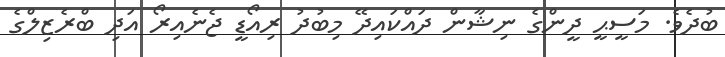
ބުދެވެ. މަސީޙީ ދީންގެ ނިޝާން ދައްކައިދޭ މިބުދު ރިއޯޑީ ޖެނެއިރޯ އަދި ބްރެޒިލްގެ